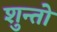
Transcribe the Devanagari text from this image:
शुन्तो